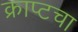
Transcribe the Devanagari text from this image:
क्राप्टचा